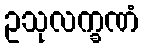
ဥသုလက္ခဏံ